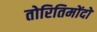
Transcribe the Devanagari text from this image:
तोरितिमोंदो